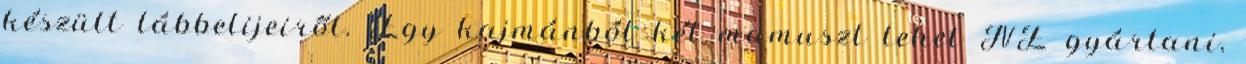
készült lábbelijeiről. Egy kajmánból két mamuszt lehet NE gyártani,